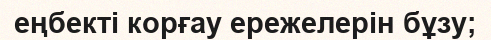
еңбекті корғау ережелерін бұзу;